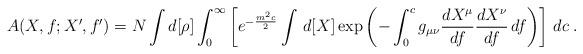
LaTeX: \begin{align*}A(X,f;X',f')=N\int d[\rho]\int_0^{\infty} \left[e^{-\frac{m^2c}{2}}\int\,d[X]\exp\left(-\int_0^cg_{\mu\nu}\frac{dX^\mu}{df}\frac{dX^\nu}{df}\,df\right)\right]\,dc\:.\end{align*}